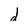
Character: d